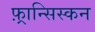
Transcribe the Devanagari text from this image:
फ़्रान्सिस्कन